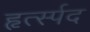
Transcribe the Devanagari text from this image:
हृर्त्स्पद